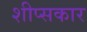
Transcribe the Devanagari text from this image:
शीप्सकार